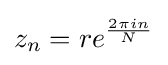
z_{n}=re^{2\pi in \over N}